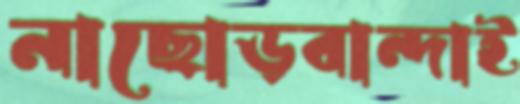
নাছোড়বান্দাই